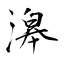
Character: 滜